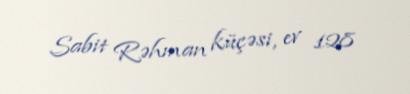
Sabit Rəhman küçəsi, ev 128